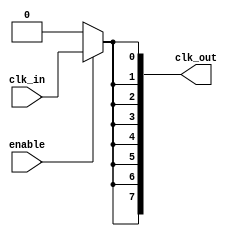
module HighFanoutClockBuffer (
    input wire clk_in,           // Input clock signal
    input wire enable,           // Enable signal for power management
    output wire [N-1:0] clk_out  // Multiple output clock signals
);
    parameter N = 8;             // Number of output clock signals
    wire clk_buf;                // Buffered clock signal

    // Buffering mechanism: Using a series of inverters or buffer cells
    // Here we use a simple inverter chain as a placeholder for actual buffer cells
    assign clk_buf = clk_in;     // In a real design, replace this with a dedicated buffer cell

    genvar i;
    generate
        for (i = 0; i < N; i = i + 1) begin : clock_outputs
            assign clk_out[i] = enable ? clk_buf : 1'b0; // Output driven by buffered clock or 0 when disabled
        end
    endgenerate

    // (Optional) Adjusted delay elements can be added here for skew minimization
    // (This would typically be more complex and technology-specific)

endmodule